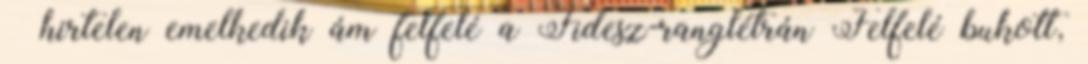
– hir­telen emelkedik ám felfelé a Fidesz-ranglétrán Felfelé bukott,